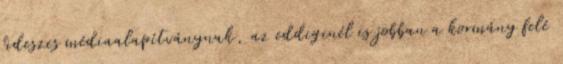
fideszes médiaalapítványnak, az eddiginél is jobban a kormány felé